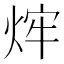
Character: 𤉍